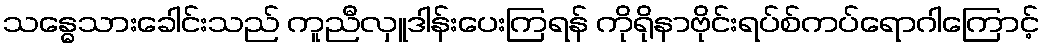
သန္ဓေသားခေါင်းသည် ကူညီလှူဒါန်းပေးကြရန် ကိုရိုနာဗိုင်းရပ်စ်ကပ်ရောဂါကြောင့်